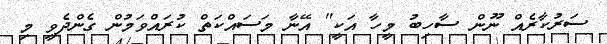
ސަރުކާރެއް ނޫން ސާހިބު މީހާ އަކީ" އޭނާ މަސައްކަތް ކުރައްވަމުން ގެންދެވީ މި